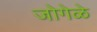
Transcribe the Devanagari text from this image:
जोगेळे